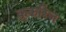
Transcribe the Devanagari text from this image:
कुकरिज